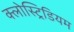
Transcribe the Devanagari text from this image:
क्लोस्ट्रिडियम